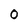
Character: 0